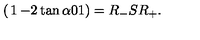
\left( \begin{matrix} { 1 } & { - 2 \tan \alpha } \\ { 0 } & { 1 } \\ \end{matrix} \right) = R _ { - } S R _ { + } .